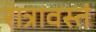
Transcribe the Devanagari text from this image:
रात्रावस्तं